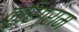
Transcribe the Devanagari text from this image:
कुरिग्राम